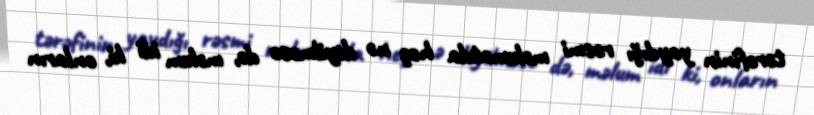
tərəfinin yaydığı rəsmi məlumatda heç nə deyilməsə də, məlum idi ki, onların